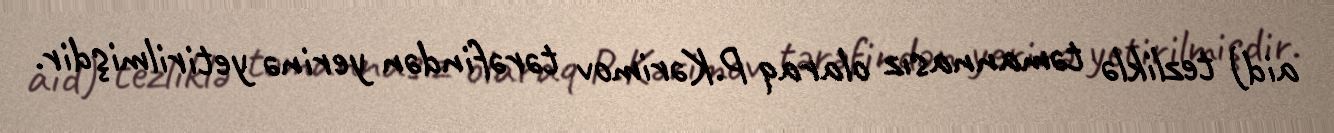
aid) tezliklə təmannasız olaraq P.Kərimov tərəfindən yerinə yetirilmişdir.